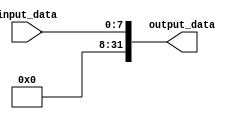
module logic_extend8to32(input wire [7:0] input_data,
                          output wire [31:0] output_data);

  // Expande os 8 bits de entrada para 32 bits adicionando 24 bits com o valor 0
  assign output_data = {{24{1'b0}}, input_data};

endmodule